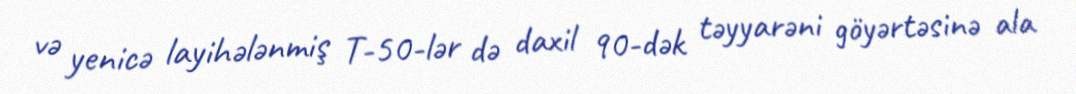
və yenicə layihələnmiş T-50-lər də daxil 90-dək təyyarəni göyərtəsinə ala